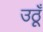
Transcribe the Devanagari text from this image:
उठूँ